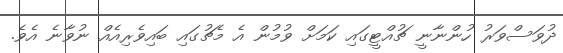
ދުވަސްވަރު ހުންނާނީ ޗުއްޓީގައި ކަމަށް ވުމުން އެ މެޗުގައި ބައިވެރިއެއް ނުވާނެ އެވެ.